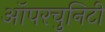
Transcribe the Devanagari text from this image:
ऑपरचुनिटी